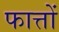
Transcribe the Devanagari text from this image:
फात्तों